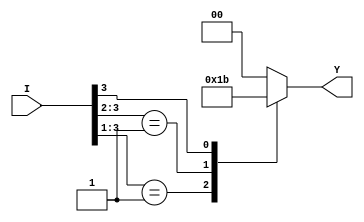
/*******************************************************************
**FPGA
**www.OurFPGA.com
**OurFPGA.taobao.com
**: OurFPGA@gmail.com
**FPGA
*************************************************************
**   2011.06.01
**     version 1.0
**    4-2  
********************************************************************/

module my_encode(I,Y);
input [3:0] I;   ////      01
output[1:0] Y;//

reg [1:0] Y;
always@(I) //I
begin             //begin end;        case endcase
	casex(I)   //casex  
	4'b0001:  Y=2'b00;  //I[0]10
	4'b001x:  Y=2'b01;  //I[1]11
	4'b01xx:  Y=2'b10; //I[2]12
	4'b1xxx:  Y=2'b11;//I[3]13
     default:   Y=2'b00; //
  endcase
end	
endmodule